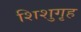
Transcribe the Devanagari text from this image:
शिशुगृह